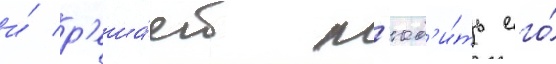
и́ р'еша́ет л'юб'и́ть его́